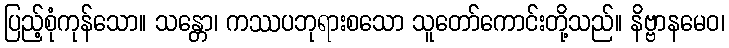
ပြည့်စုံကုန်သော။ သန္တော၊ ကဿပဘုရားစသော သူတော်ကောင်းတို့သည်။ နိဗ္ဗာနမေဝ၊